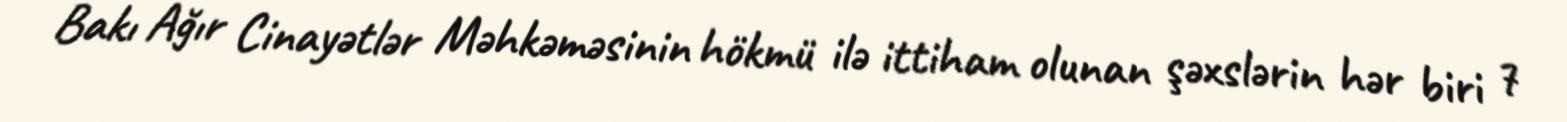
Bakı Ağır Cinayətlər Məhkəməsinin hökmü ilə ittiham olunan şəxslərin hər biri 7